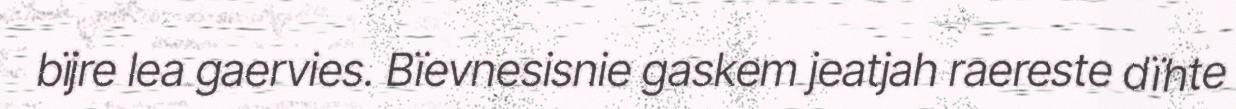
bïjre lea gaervies. Bïevnesisnie gaskem jeatjah raereste dïhte